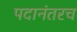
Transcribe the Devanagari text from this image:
पदानंतरच